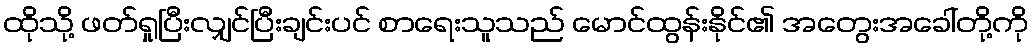
ထိုသို့ ဖတ်ရှုပြီးလျှင်ပြီးချင်းပင် စာရေးသူသည် မောင်ထွန်းနိုင်၏ အတွေးအခေါ်တို့ကို